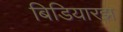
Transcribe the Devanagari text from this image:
बिडियारझ